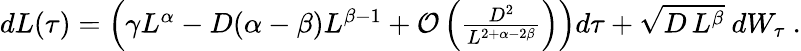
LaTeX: \begin{array}{r}{dL(\tau)=\left(\gamma L^{\alpha}-D(\alpha-\beta)L^{\beta-1}+\mathcal{O}\left(\frac{D^{2}}{L^{2+\alpha-2\beta}}\right)\right)d\tau+\sqrt{D\, L^{\beta}}\ dW_{\tau}\ .}\end{array}